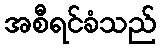
အစီရင်ခံသည်